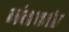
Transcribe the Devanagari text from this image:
नंदापर्वत